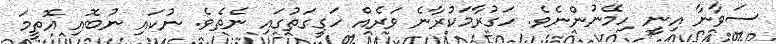
ސަވާނާ އިނީ ހިމޭނުންނެވެ. ހަގުރާމަކުރާނެ ވަރެއް ހަގީގަތުގައި ނެތެވެ. ނުކައި ނުބޮއި އޮތީމަ